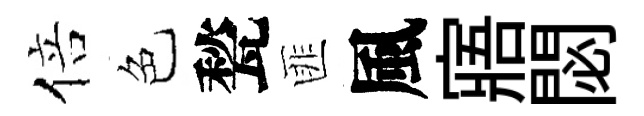
倍色甃匪風寤閟